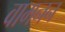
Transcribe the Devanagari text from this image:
वामनन